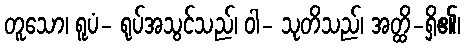
တူသော၊ ရူပံ- ရုပ်အသွင်သည်၊ ဝါ- သုတိသည်၊ အတ္ထိ-ရှိ၏၊